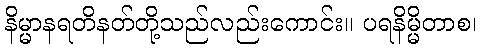
နိမ္မာနရတိနတ်တို့သည်လည်းကောင်း။ ပရနိမ္မိတာစ၊